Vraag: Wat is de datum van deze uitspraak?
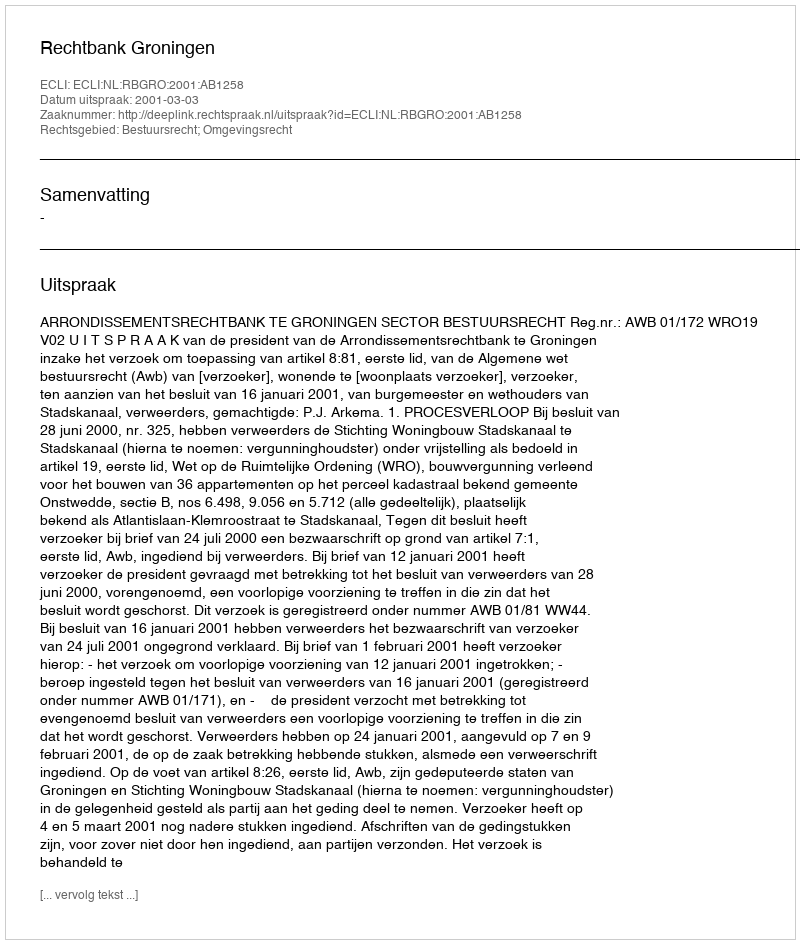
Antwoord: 2001-03-03